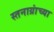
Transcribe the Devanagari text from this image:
स्तनाग्रांच्या